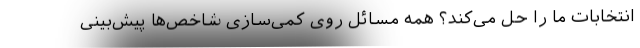
انتخابات ما را حل می‌کند؟ همه مسائل روی کمی‌سازی شاخص‌ها پیش‌بینی